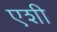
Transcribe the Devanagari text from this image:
एशी